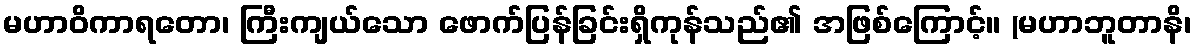
မဟာဝိကာရတော၊ ကြီးကျယ်သော ဖောက်ပြန်ခြင်းရှိကုန်သည်၏ အဖြစ်ကြောင့်။ (မဟာဘူတာနိ၊